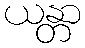
ယန္တာ